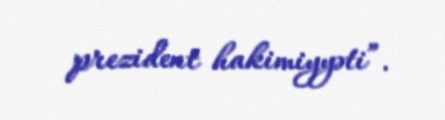
prezident hakimiyyəti”.